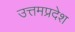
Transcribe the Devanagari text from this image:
उत्तमप्रदेश